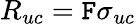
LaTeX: R_{uc}=\mathtt{F}\sigma_{uc}